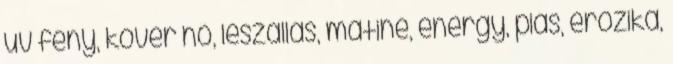
uv fény, kövér nő, leszállás, matiné, energy, piás, erozika,